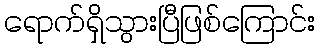
ရောက်ရှိသွားပြီဖြစ်ကြောင်း